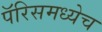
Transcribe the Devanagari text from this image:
पॅरिसमध्येच